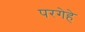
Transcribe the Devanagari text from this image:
परगेहे